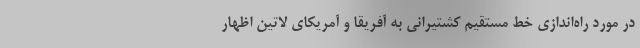
در مورد راه‌اندازی خط مستقیم کشتیرانی به آفریقا و آمریکای لاتین اظهار